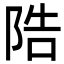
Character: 䧊